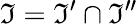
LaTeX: \mathfrak{I}=\mathfrak{I}^{\prime}\cap\mathfrak{I}^{\prime\prime}